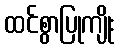
ထင်စွာပြုကျိုး